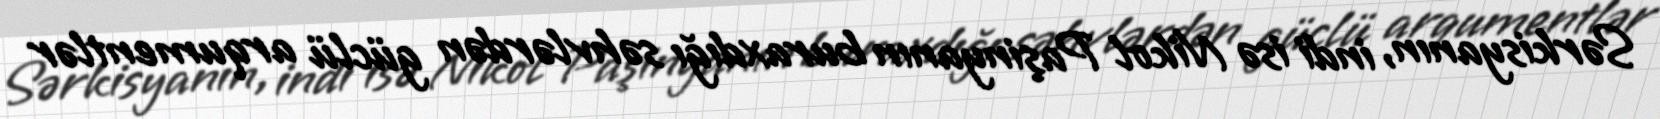
Sərkisyanın, indi isə Nikol Paşinyanın buraxdığı səhvlərdən güclü arqumentlər